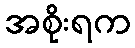
အစိုးရက